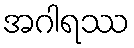
အဂါရဿ